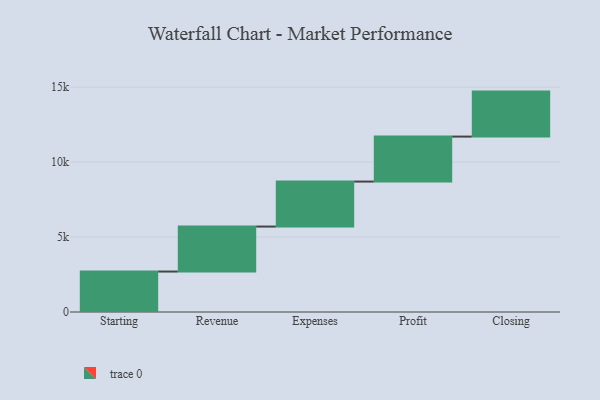
{"axis": {"x": "Step", "y": "Value"}, "legend": [""], "data": [{"x": "Starting", "y": 2698.0, "type": ""}, {"x": "Revenue", "y": 3000, "type": ""}, {"x": "Expenses", "y": 3000, "type": ""}, {"x": "Profit", "y": 3000, "type": ""}, {"x": "Closing", "y": 3000, "type": ""}]}